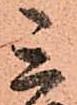
三